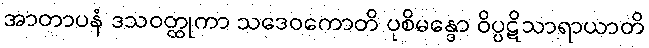
အာတာပနံ ဒသဝတ္ထုကာ သဒေဝကောတိ ပုစိမန္ဒော ဝိပ္ပဋိသာရာယာတိ